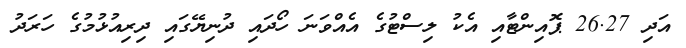
އަދި 26.27 ޕޮއިންޓާއި އެކު ލިސްޓުގެ އެއްވަނަ ހޯދައި ދުނިޔޭގައި ދިރިއުޅުމުގެ ހަރަދު